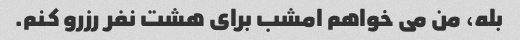
بله، من می خواهم امشب برای هشت نفر رزرو کنم.